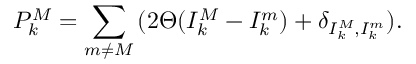
P _ { k } ^ { M } = \sum _ { m \neq M } { ( 2 \Theta ( I _ { k } ^ { M } - I _ { k } ^ { m } ) + \delta _ { I _ { k } ^ { M } , I _ { k } ^ { m } } ) } .